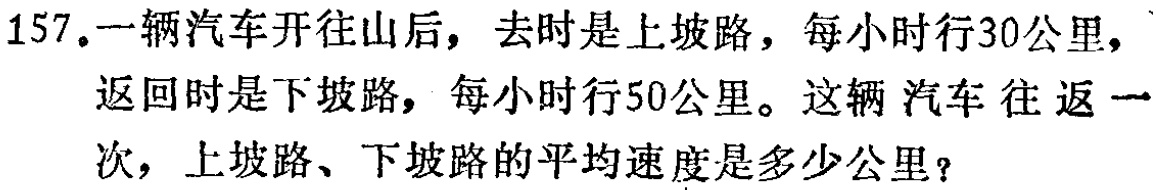
157.一辆汽车开往山后，去时是上坡路，每小时行30公里，返回时是下坡路，每小时行50公里。这辆汽车往返一次，上坡路、下坡路的平均速度是多少公里？